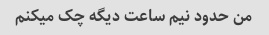
من حدود نیم ساعت دیگه چک میکنم